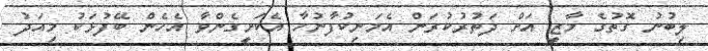
ލިބުނު ގޮތުގެ މާޒީ އަށް ދަތުރުކުރަން އެމަނިކުފާނުހާ އެކަށީގެންވާ އެހެން ބޭފުޅަކު މިއަދު